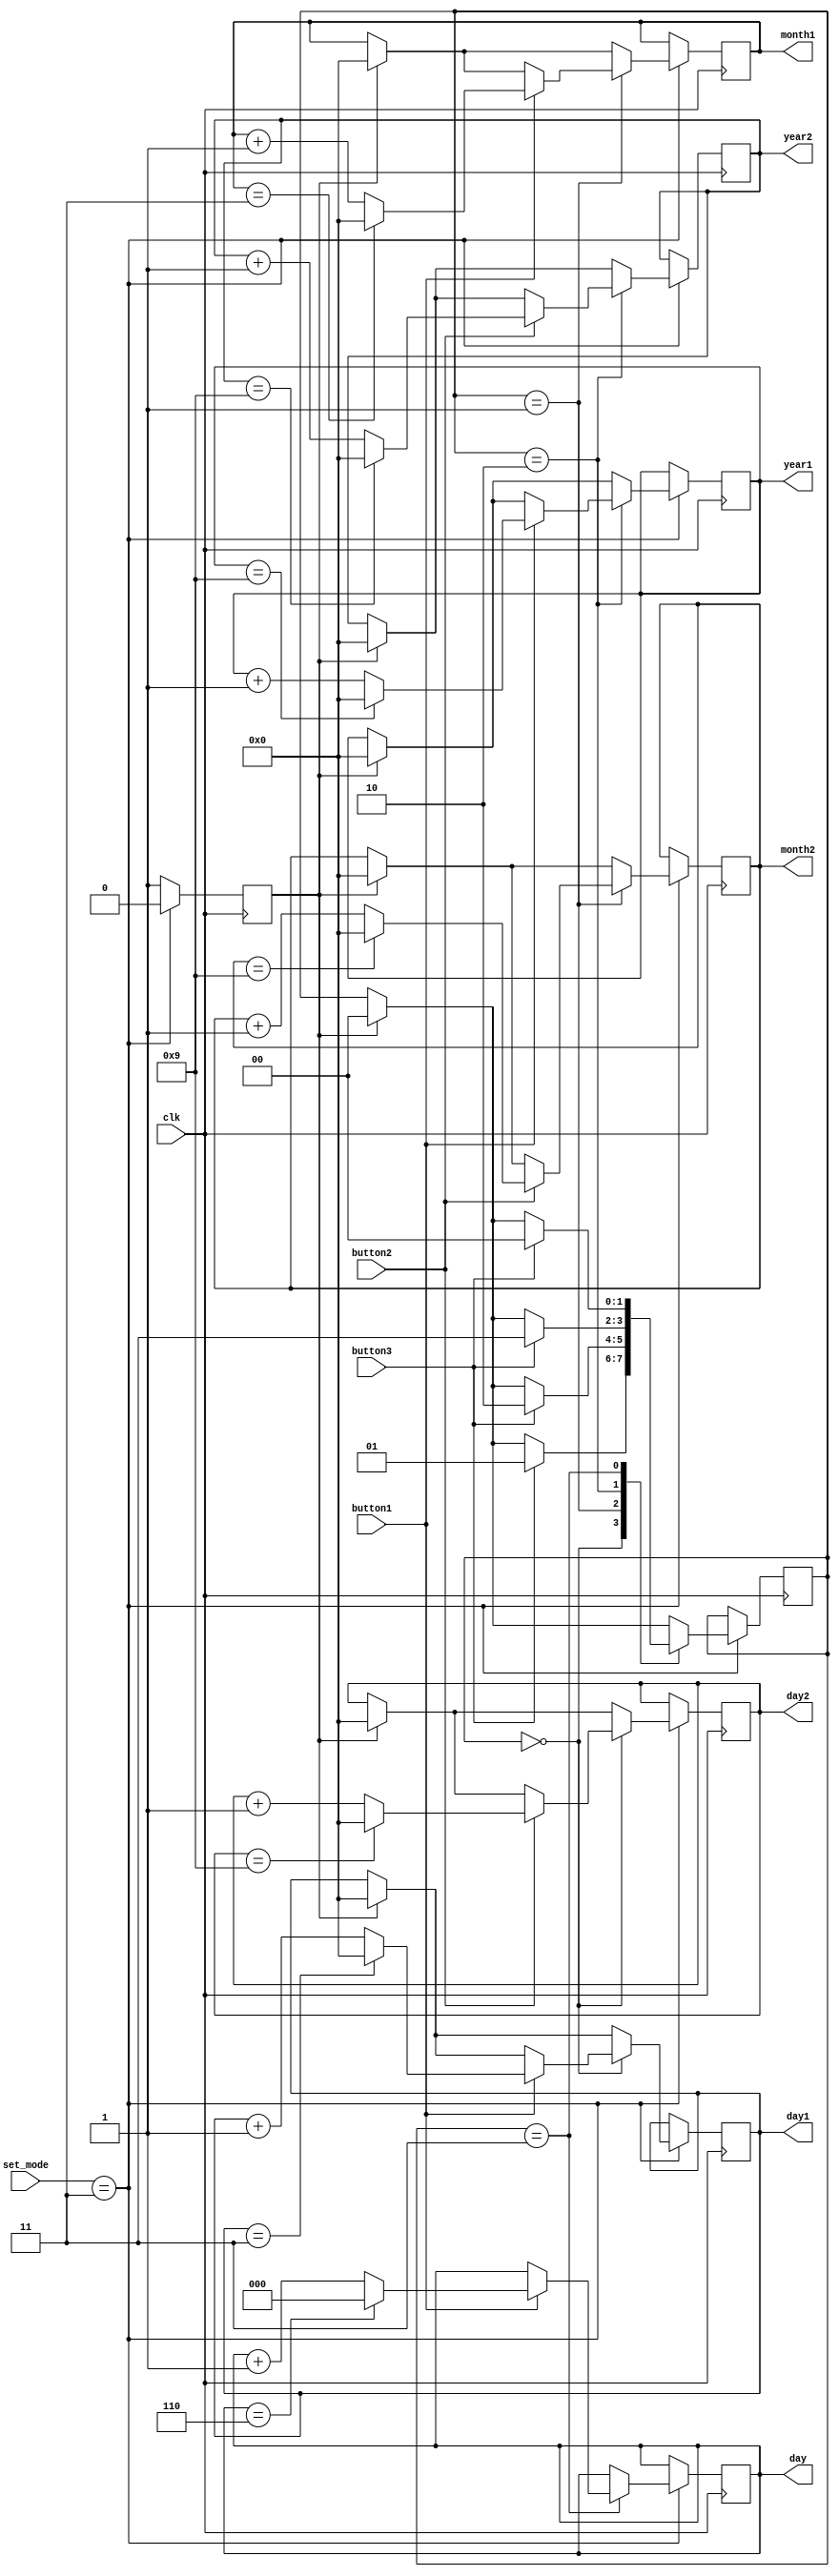
module setdate (
    input clk,
    input button1,
    input button2,
    input button3,
    input [1:0] set_mode,
    output reg [3:0] day1,
    output reg [3:0] day2,
    output reg [3:0] month1,
    output reg [3:0] month2,
    output reg [3:0] year1,
    output reg [3:0] year2, 
    output reg [2:0] day
);

//when set_mode = 3, 

    parameter DAY = 2'b00, MONTH = 2'b01, YEAR = 2'b10, WEEKDAY = 2'b11;
    reg [1:0] state;
    reg issetpressednow;

    always @(posedge clk) begin
        if (set_mode == 2'b11) begin
            if (issetpressednow) begin
                state <= 0;
                day1 <= 0;
                day2 <= 0;
                month1 <= 0;
                month2 <= 0;
                year1 <= 0;
                year2 <= 0;
                issetpressednow <= 0;
            end

            casex(state)
                DAY: begin
                    if (button1) begin
                        day1 <= (day1 == 4'h3) ? 4'b0 : day1 + 1;
                    end
                    if (button2) begin
                        day2 <= (day2 == 4'h9) ? 4'b0 : day2 + 1;
                    end
                    if (button3) begin
                        state <= MONTH;
                    end
                end

                MONTH: begin
                    if (button1) begin
                        month1 <= (month1 == 4'h3) ? 4'b0 : month1 + 1;
                    end
                    if (button2) begin
                        month2 <= (month2 == 4'h9) ? 4'b0 : month2 + 1;
                    end
                    if (button3) begin
                        state <= YEAR;
                    end
                end

                YEAR: begin
                    if (button1) begin
                        year1 <= (year1 == 4'h9) ? 4'b0 : year1 + 1;
                    end
                    if (button2) begin
                        year2 <= (year2 == 4'h9) ? 4'b0 : year2 + 1;
                    end
                    if (button3) begin
                        state <= WEEKDAY;
                    end
                end
                
                WEEKDAY: begin
                    if (button1) begin
                        day <= (day == 3'h6) ? 3'h0 : day + 1;
                    end

                    if (button3) begin
                        state <= DAY;
                    end
                end

                default: state <= DAY;
            endcase
        end

        else begin
           issetpressednow <= 1;
        end
    end
endmodule